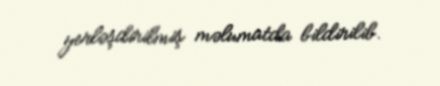
yerləşdirilmiş məlumatda bildirilib.